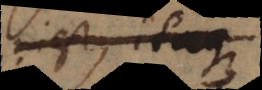
inest, itemque